Report of the Indian Hemp Drugs Commission, 1894-1895 - Volume VII
Year: 1894
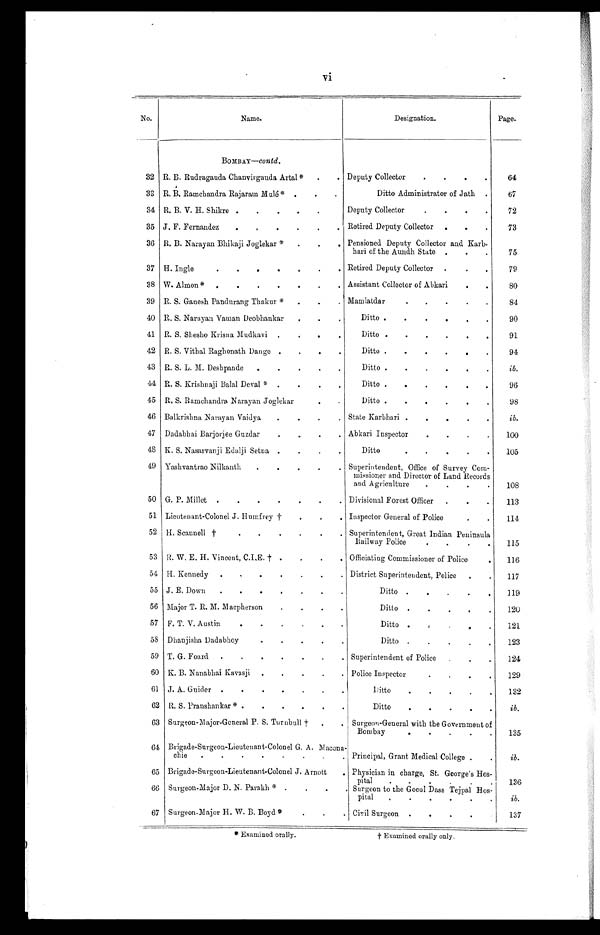
vi
No.
Name.
Designation.
Page.
BOMBAY—-c o n
t d .
32 R. B. Rudragauda Chanvirgauda Artal* . . .
Deputy Collector . . .
64
33 R. B. Ramchandra Rajaram Mulé* . . .
Ditto Administrator of Jath . . .
67
34 R. B. V. H. Shikre . . .
Deputy Collector . . .
72
35 J. F. Fernandez . . . Retired Deputy Collector . . .
73
36 R. B. Narayan Bhikaji Joglekar * . . . Pensioned. Deputy Collector and Karb-
hari of the Aundh State . . .
75
37 H. Ingle . . . Retired Deputy Collector . . .
79
38 W. Almon* . . . Assistant Collector of Abkari . . .
80
39 R. S. Ganesh Pandurang Thakur * . . . Mamlatdar . . .
84
40 R. S. Narayan Vaman Deobhankar . . .
Ditto . . .
90
41 R. S. Shesho Krisna Mudkavi . . .
Ditto . . .
91
42 R. S. Vitbal Raghonath Dange . . .
Ditto . . .
94
43 R. S. L. M. Deshpande . . .
Ditto . . .
ib.
44 R. S. Krishnaji Balal Deval * . . .
Ditto . . .
96
45 R. S. Ramchandra Narayan Joglekar . . .
Ditto . . .
98
46 Balkrishna Narayan Vaidya . . .
State Karbhari . . .
ib.
47 Dadabhai Barjorjee Guzdar . . .
Abkari Inspector . . .
100
48 K. S. Nasarvanji Edalji Setna . . .
Ditto . . .
105
49 Yashvantrao Nilkanth . . . Superintendent, Office of Survey Com-
missioner and Director of Land Records
and Agriculture . . .
108
50 G. P. Millet . . . Divisional Forest Officer . . .
113
51 Lieutenant-Colonel J. Humfrey † . . . Inspector General of Police . . .
114
52 H. Scannell † . . . Superintendent, Great Indian Peninsula
Railway Police . . .
115
53 R. W. E. H. Vincent, C.I,E. † . . . Officiating Commissioner of Police . . .
116
54 H. Kennedy . . . District Superintendent, Police . . .
117
55 J. E. Down . . .
Ditto . . .
119
56 Major T. R. M. Macpherson . . .
Ditto . . .
120
57 F . T. V. Austin . . .
Ditto . . .
121
58 Dhanjisha Dadabhoy . . .
Ditto . . .
123
59 T. G. Foard . . .
Superintendent of Police . . .
124
60 K. B. Nanabhai Kavasji . . .
Police Inspector . . .
129
61 J. A. Guider . . .
Ditto . . .
132
62 R. S. Pranshankar * . . .
Ditto . . .
ib.
63 Surgeon-Major-General P. S. Turnbull † . . . Surgeon-General with the Government of
Bombay . . .
135
64 Brigade-Surgeon-Lieutenant-Colonel G. A. Macona-
chie
.
.
. Principal, Grant Medical College . . .
ib.
65 Brigade-Surgeon-Lieutenant-Colonel J . Arnott . . . Physician in charge, St. George's Hos-
pital . . .
136
66 Surgeon-Major D. N. Parakh * . . .
Surgeon to the Gocul Dass Tejpal Hos-
pital . . .
ib.
67 Surgeon-Major H. W. B. Boyd * . . .
1
Civil Surgeon . . .
137
* Examined orally.
† Examined orally only.